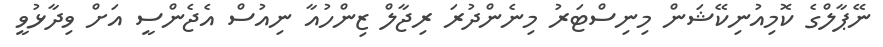
ނޭޕާލްގެ ކޮމިއުނިކޭޝަން މިނިސްޓަރު މިނެންދުރަ ރިޖާލް ޒިންހުއާ ނިއުސް އެޖެންސީ އަށް ވިދާޅުވީ